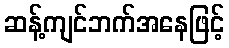
ဆန့်ကျင်ဘက်အနေဖြင့်